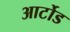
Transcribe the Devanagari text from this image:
आर्टोड